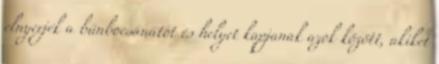
elnyerjék a bűnbocsánatot és helyet kapjanak azok között, akiket